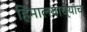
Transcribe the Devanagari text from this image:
हिमालयाच्याच